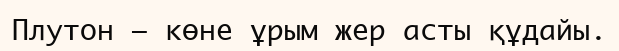
Плутон — көне ұрым жер асты құдайы.